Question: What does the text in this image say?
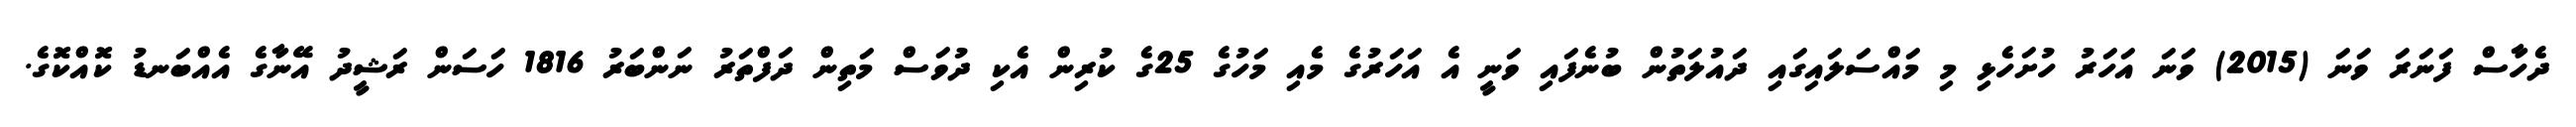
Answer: ދެހާސް ފަނަރަ ވަނަ (2015) ވަނަ އަހަރު ހުށަހެޅި މި މައްސަލައިގައި ދައުލަތުން ބުނެފައި ވަނީ އެ އަހަރުގެ މެއި މަހުގެ 25ގެ ކުރިން އެކި ދުވަސް މަތިން ދަފްތަރު ނަންބަރު 1816 ހަސަން ރަޝީދު އޭނާގެ އެއްބަނޑު ކޮއްކޮގެ.